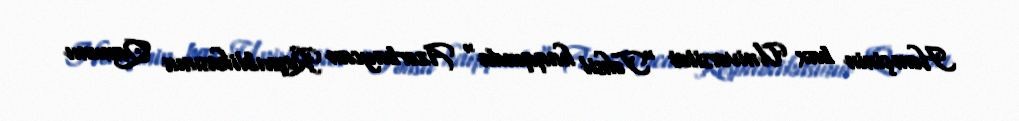
Həmçinin bax Universitet "Təhsil haqqında" Azərbaycan Respublikasının Qanunu